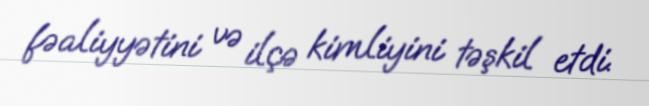
fəaliyyətini və ilçə kimliyini təşkil etdi.